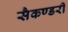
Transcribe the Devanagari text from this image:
सैकण्‍डरी